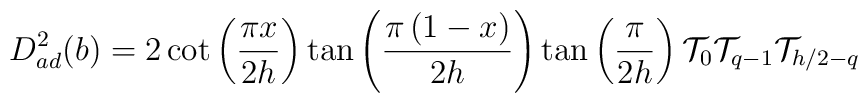
D_{ad}^{2}(b)=2\cot \left( \frac{\pi x}{2h}\right) \tan \left( \frac{\pi\left( 1-x\right) }{2h}\right) \tan \left( \frac{\pi }{2h}\right) \mathcal{T}_{0}\mathcal{T}_{q-1}\mathcal{T}_{h/2-q}